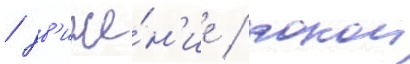
/ дв'иже́н'ие / покои